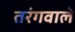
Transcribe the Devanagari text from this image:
तरंगवाले